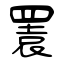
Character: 瞏